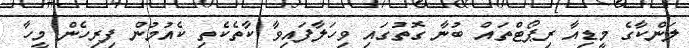
ލަންކާގެ މީޑިއާ ރިޕޯޓްތައް ބުނާ ގޮތުގައި ވިހަލާފައިވާ ކާތެކެތި ކެއުމުން ފިރިހެން މީހާ